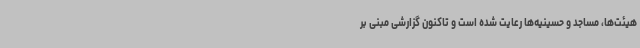
هیئت‌ها، مساجد و حسینیه‌ها رعایت شده است و تاکنون گزارشی مبنی بر